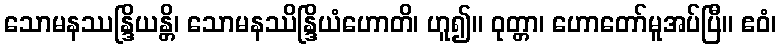
သောမနဿန္ဒြိယန္တိ၊ သောမနဿိန္ဒြိယံဟောတိ၊ ဟူ၍။ ဝုတ္တာ၊ ဟောတော်မူအပ်ပြီ။ ဧဝံ၊